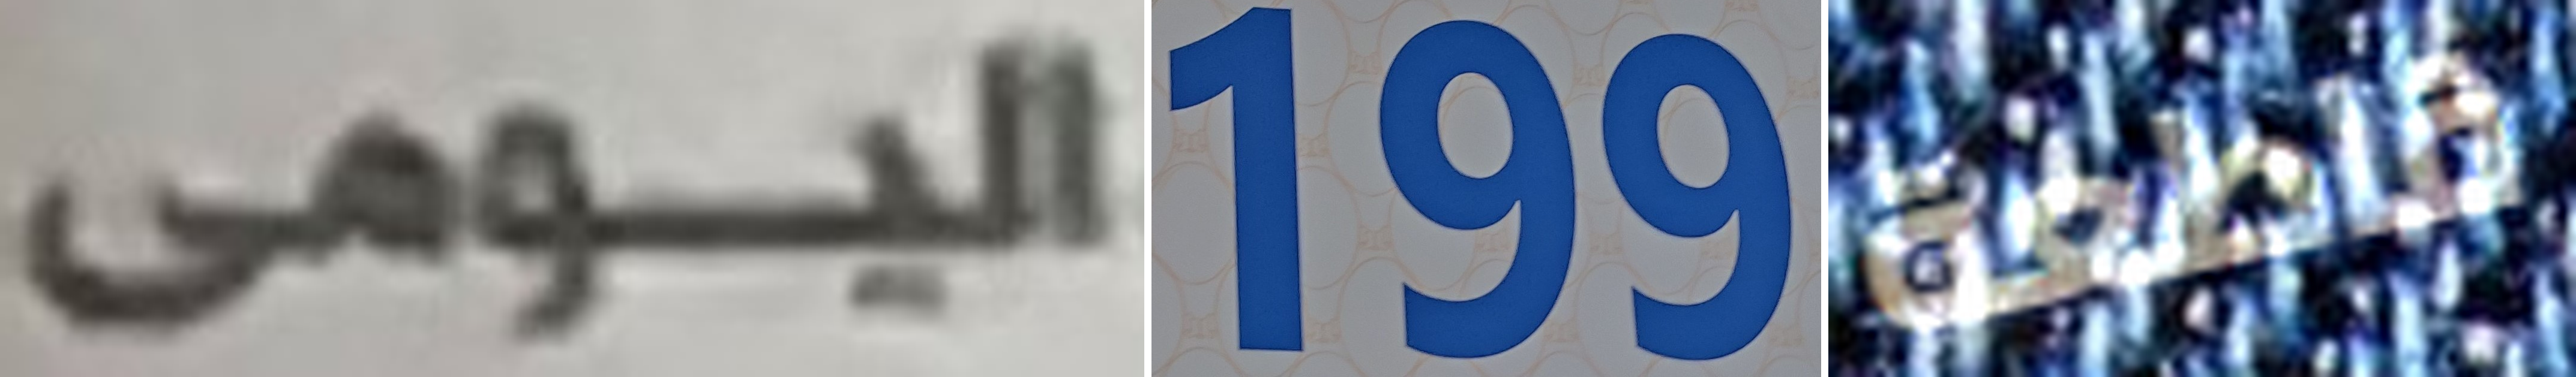
اليومى 199 قاطعة